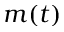
m ( t )